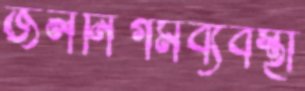
জলনিগমব্যবস্থা